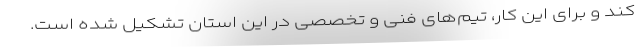
کند و برای این کار، تیم‌های فنی و تخصصی در این استان تشکیل شده است.